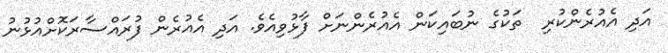
އަދި އެއުރެންކުރި  ތަކުގެ ނުބައިކަން އެއުރެންނަށް ފާޅުވިއެވެ. އަދި އެއުރެން ފުރައްސާރަކޮށްއުޅުނު